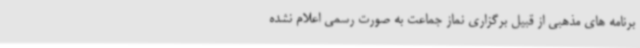
برنامه های مذهبی از قبیل برگزاری نماز جماعت به صورت رسمی اعلام نشده